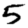
Digit: 5